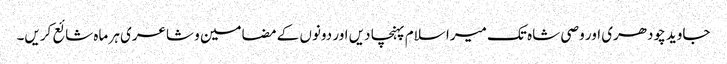
جاوید چودھری اور وصی شاہ تک میرا سلام پہنچا دیں اور دونوں کے مضامین و شاعری ہر ماہ شائع کریں۔